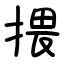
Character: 揋